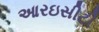
આરઇસીટી